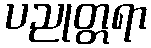
ပညုတ္တရာ